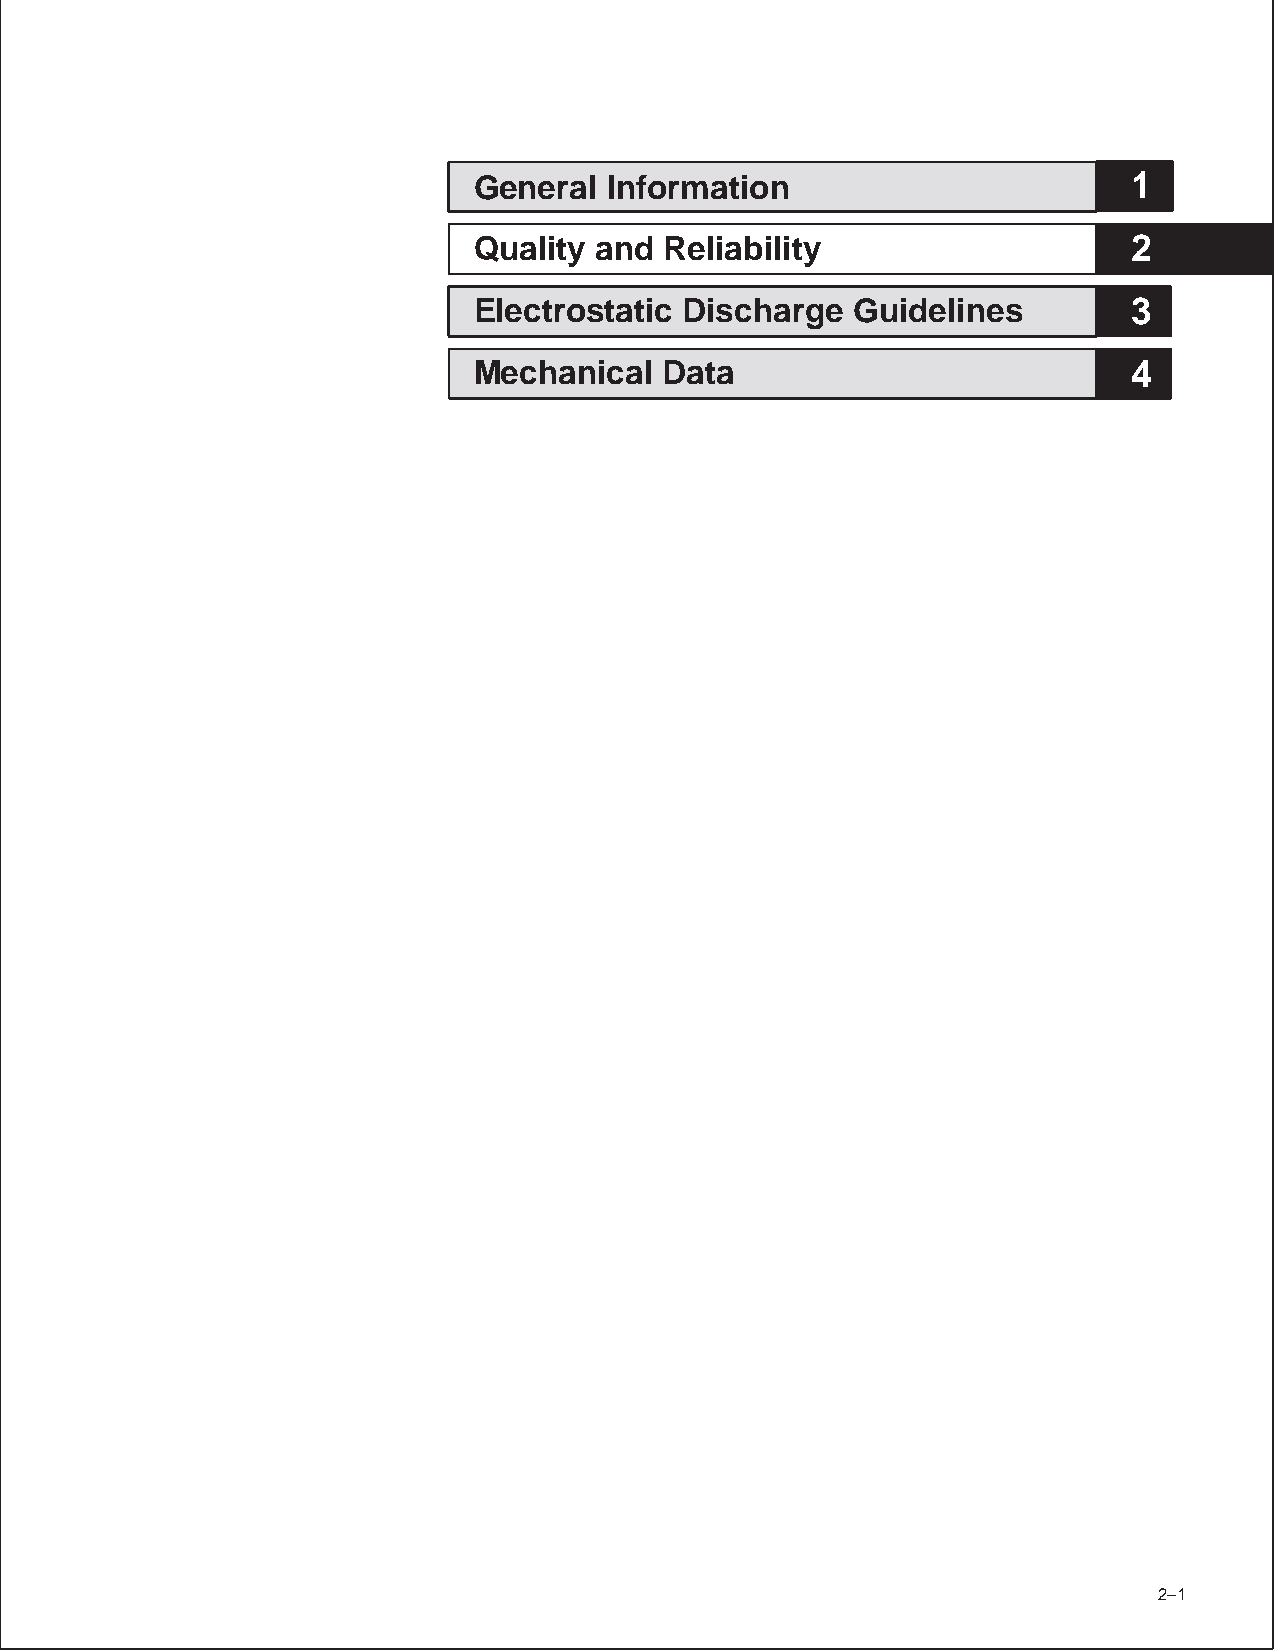
General  Information                        1
 Quality and  Reliability                    2
 Electrostatic Discharge  Guidelines         3
 Mechanical   Data                           4
 POST OFFICE BOX 1443 • HOUSTON, TEXAS 77251–1443 2–1